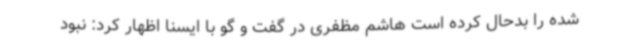
شده را بدحال کرده است هاشم مظفری در گفت و گو با ایسنا اظهار کرد: نبود